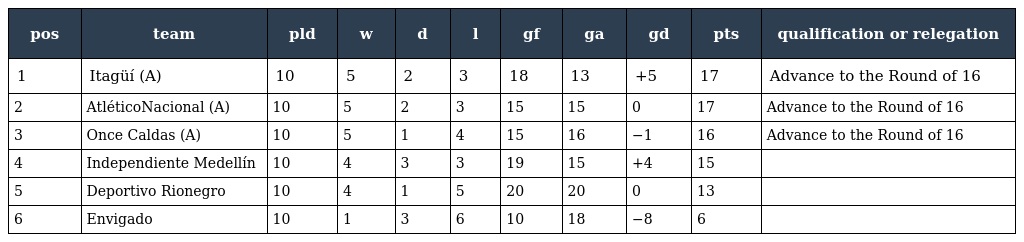
| pos | team | pld | w | d | l | gf | ga | gd | pts | qualification or relegation |
 | --- | --- | --- | --- | --- | --- | --- | --- | --- | --- | --- |
 | 1 | Itagüí (A) | 10 | 5 | 2 | 3 | 18 | 13 | +5 | 17 | Advance to the Round of 16 |
 | 2 | AtléticoNacional (A) | 10 | 5 | 2 | 3 | 15 | 15 | 0 | 17 | Advance to the Round of 16 |
 | 3 | Once Caldas (A) | 10 | 5 | 1 | 4 | 15 | 16 | −1 | 16 | Advance to the Round of 16 |
 | 4 | Independiente Medellín | 10 | 4 | 3 | 3 | 19 | 15 | +4 | 15 |  |
 | 5 | Deportivo Rionegro | 10 | 4 | 1 | 5 | 20 | 20 | 0 | 13 |  |
 | 6 | Envigado | 10 | 1 | 3 | 6 | 10 | 18 | −8 | 6 |  |